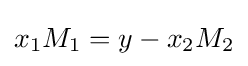
x_{1}M_{1}=y-x_{2}M_{2}